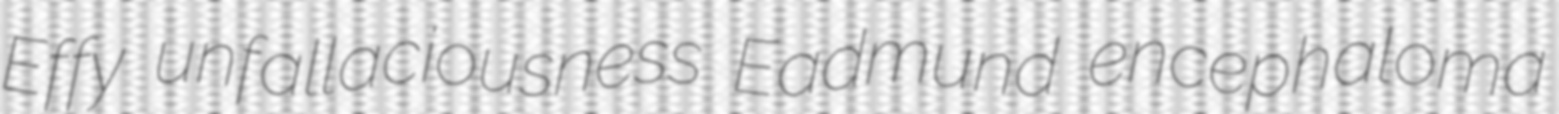
Effy unfallaciousness Eadmund encephaloma